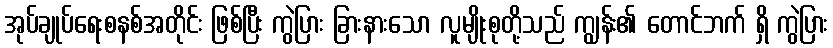
အုပ်ချုပ်ရေးစနစ်အတိုင်း ဖြစ်ပြီး ကွဲပြား ခြားနားသော လူမျိုးစုတို့သည် ကျွန်း၏ တောင်ဘက် ရှိ ကွဲပြား